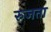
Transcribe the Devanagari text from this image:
रुजता